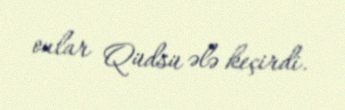
onlar Qüdsü ələ keçirdi.